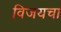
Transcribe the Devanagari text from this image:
विजयचा